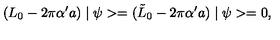
( L _ { 0 } - 2 \pi \alpha ^ { \prime } a ) \mid \psi > = ( \tilde { L } _ { 0 } - 2 \pi \alpha ^ { \prime } a ) \mid \psi > = 0 ,